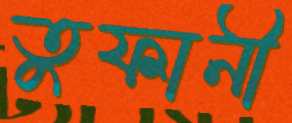
তুফানী